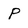
Character: P